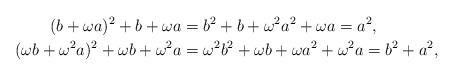
LaTeX: \begin{align*} (b+\omega a)^2+b+\omega a&=b^2+b+\omega^2a^2+\omega a=a^2,\\ (\omega b+\omega^2a)^2+\omega b+\omega^2a &=\omega^2b^2+\omega b+\omega a^2+\omega^2a=b^2+a^2, \end{align*}